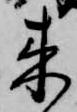
来